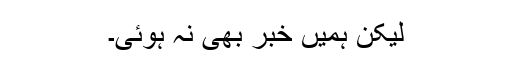
لیکن ہمیں خبر بھی نہ ہوئی۔